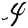
Digit: 4